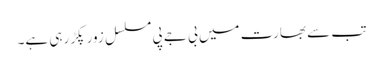
تب سے بھارت میں بی جے پی مسلسل زور پکڑ رہی ہے۔